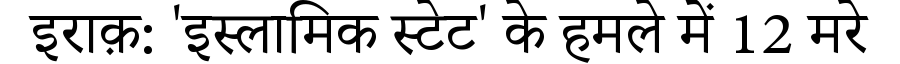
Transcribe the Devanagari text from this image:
इराक़: 'इस्लामिक स्टेट' के हमले में 12 मरे